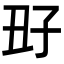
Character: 𡥆